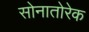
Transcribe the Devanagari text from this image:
सोनातोरेक